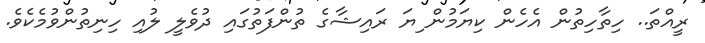
ރީއްތަ.. ހިތާހިތުން އެހެން ކިޔަމުން ިޔަ ރައިޝާގެ ތުންފަތުގައި ދުވެލީ ލުއި ހިނިތުންވުމެކެވެ.